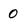
Character: 0